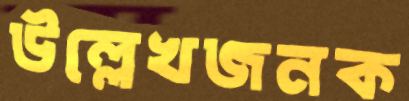
উল্লেখজনক